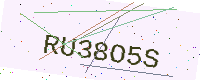
Text: RU38O5S